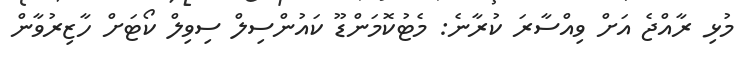
މުޅި ރާއްޖެ އަށް ވިއްސާރަ ކުރާނެ: މެޓުކޮމަންޑޫ ކައުންސިލް ސިވިލް ކޯޓަށް ހާޒިރުވާން